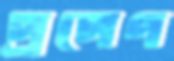
প্রপেণ